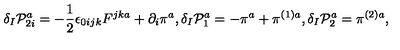
\delta _ { I } \mathcal { P } _ { 2 i } ^ { a } = - \frac { 1 } { 2 } \epsilon _ { 0 i j k } F ^ { j k a } + \partial _ { i } \pi ^ { a } , \delta _ { I } \mathcal { P } _ { 1 } ^ { a } = - \pi ^ { a } + \pi ^ { ( 1 ) a } , \delta _ { I } \mathcal { P } _ { 2 } ^ { a } = \pi ^ { ( 2 ) a } ,